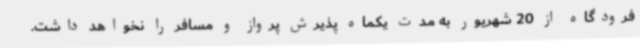
فرودگاه از 20 شهریور به مدت یکماه پذیرش پرواز و مسافر را نخواهد داشت.